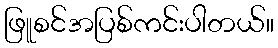
ဖြူစင်အပြစ်ကင်းပါတယ်။